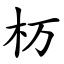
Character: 杤